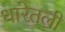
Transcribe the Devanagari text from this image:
धारेतली